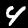
Label: 4